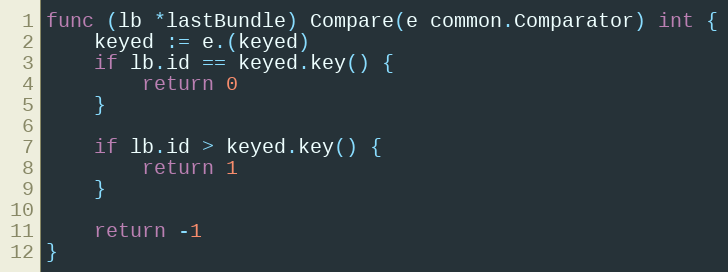
Language: Go
func (lb *lastBundle) Compare(e common.Comparator) int {
	keyed := e.(keyed)
	if lb.id == keyed.key() {
		return 0
	}

	if lb.id > keyed.key() {
		return 1
	}

	return -1
}